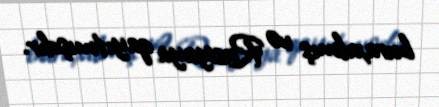
buraxılmış və Rusiyaya qayıtmışdır.